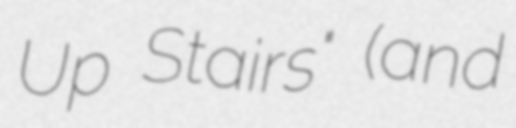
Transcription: Up Stairs" (and